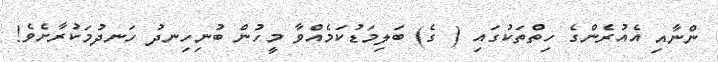
ންނާއި އެއުރެންގެ ހިތްތަކުގައި ( ގެ) ބަލިމަޑުކަމެއްވާ މީހުން ބުނިހިނދު ހަނދުމަކުރާށެވެ!